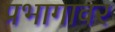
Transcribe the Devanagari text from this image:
प्रभागावर